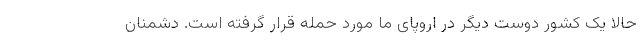
حالا یک کشور دوست دیگر در اروپای ما مورد حمله قرار گرفته است. دشمنان